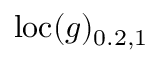
\mathrm { l o c } ( g ) _ { 0 . 2 , 1 }